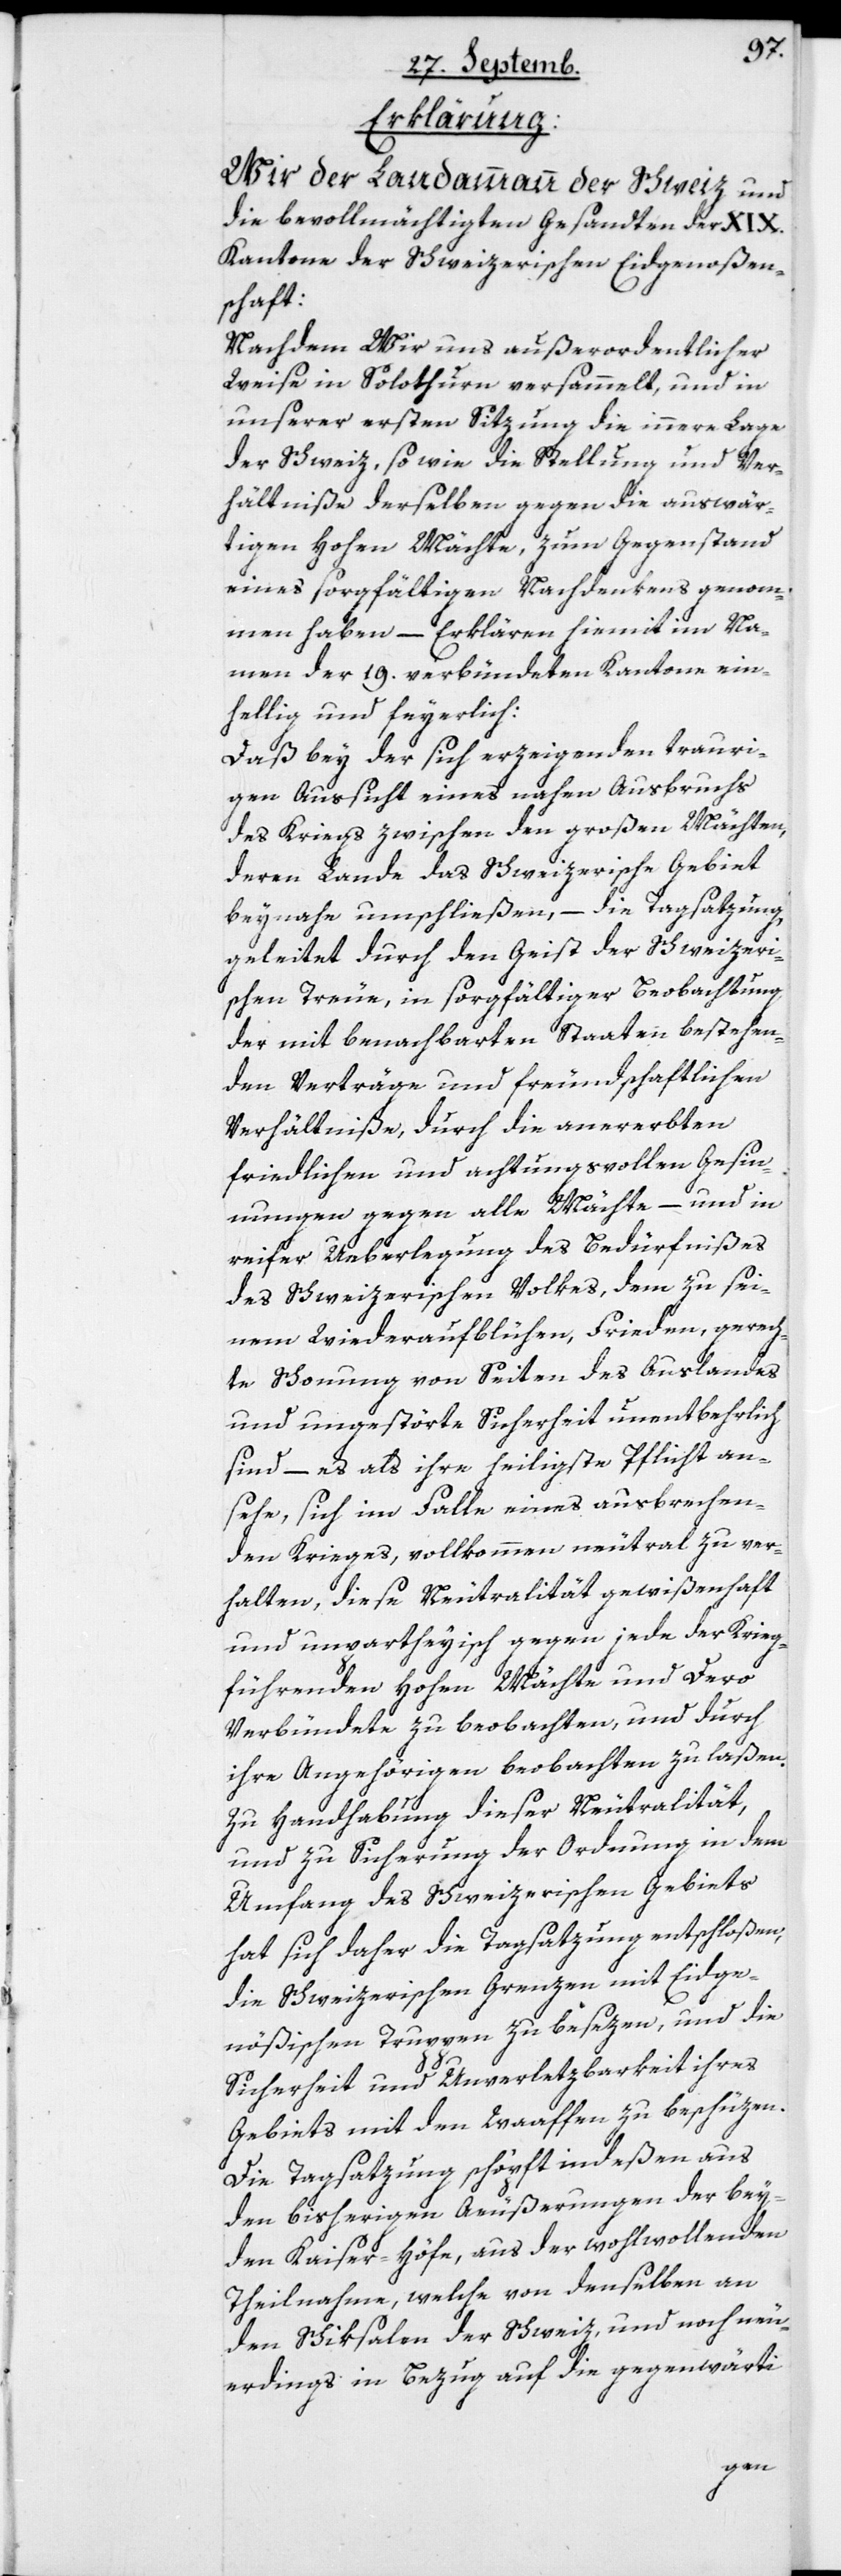
Erklärung.
Wir der Landammann der Schweiz und
die bevollmächtigten Gesandten der XIX.
Kantone der Schweizerischen Eidgenoß¬
schaft:
Nachdem Wir uns außerordentlicher
Weise in Solothurn versammelt und in
unserer ersten Sitzung die innere Lage
der Schweiz, so wie die Stellung und Ver¬
hältniße derselben gegen die auswär¬
tigen hohen Mächte, zum Gegenstand
eines sorgfältigen Nachdenkens genom¬
men haben, – Erklären hiemit im Na¬
men der 19. verbündeten Kantone ein¬
hellig und feyerlich:
Daß bey der sich erzeigenden trauri¬
gen Aussicht eines nahen Ausbruchs
des Kriegs zwischen den großen Mächten,
deren Lande das schweizerische Gebiet
beynahe umschließen, – die Tagsatzung,
geleitet durch den Geist der Schweizeri¬
schen Treue, in sorgfältiger Beobachtung
der mit benachbarten Staaten bestehen¬
den Verträge und freundschaftlichen
Verhältniße, durch die anererbten
friedlichen und achtungsvollen Gesin¬
nungen gegen alle Mächte, – und in
reifer Überlegung des Bedürfnißes
des Schweizerischen Volkes, dem zu sei¬
nem Wiederaufblühen, Frieden, gerech¬
te Schonung von Seiten des Auslandes
und ungestörte Sicherheit unentbehrlich
sind – es als ihre heiligste Pflicht an¬
sehe, sich im Falle eines ausbrechen¬
den Krieges, vollkommen neutral zu ver¬
halten, diese Neutralität gewißenhaft
und unpartheyisch gegen jede der Krieg¬
führenden hohen Mächte und Dero
Verbündete zu beobachten, und durch
ihre Angehörigen beobachten zu laßen.
Zu Handhabung dieser Neutralität
und zu Sicherung der Ordnung in dem
Umfang des schweizerischen Gebiets,
hat sich daher die Tagsatzung entschloßen,
die Schweizerischen Grenzen mit Eidge¬
nößischen Truppen zu besezen, und die
Sicherheit und Unverletzbarkeit ihres
Gebiets mit den Waaffen zu beschüzen.
Die Tagsatzung schöpft indeßen aus
den bisherigen Äußerungen der bey¬
den Kaiser-höfe, aus der wohlwollenden
Theilnahme, welche von denselben an
den Schiksalen der Schweiz, und noch neu¬
erdings in Bezug auf die gegenwärti-